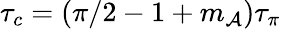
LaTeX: \tau_{c}=(\pi/2-1+m_{\mathcal{A}})\tau_{\pi}